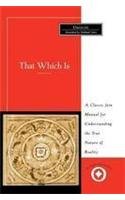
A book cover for That Which Is: Tattvartha Sutra (Sacred Literature Trust Series); Umasvati; Religion & Spirituality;